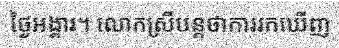
ថ្ងៃអង្គារ។ លោកស្រីបន្តថាការរកឃើញ